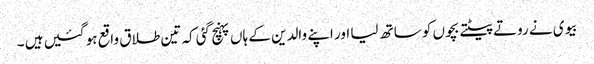
بیوی نے روتے پیٹتے بچوں کو ساتھ لیا اور اپنے والدین کے ہاں پہنچ گئی کہ تین طلاق واقع ہو گئیں ہیں ۔